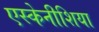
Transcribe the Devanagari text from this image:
एस्केनीशिया